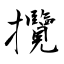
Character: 攬